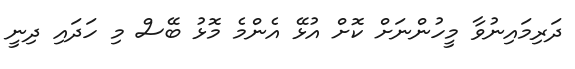
ދަރިމައިނުވާ މީހުންނަށް ކޮށް އުޅޭ އެންމެ މޮޅު ބޭސް މި ހަދައި ދިނީ